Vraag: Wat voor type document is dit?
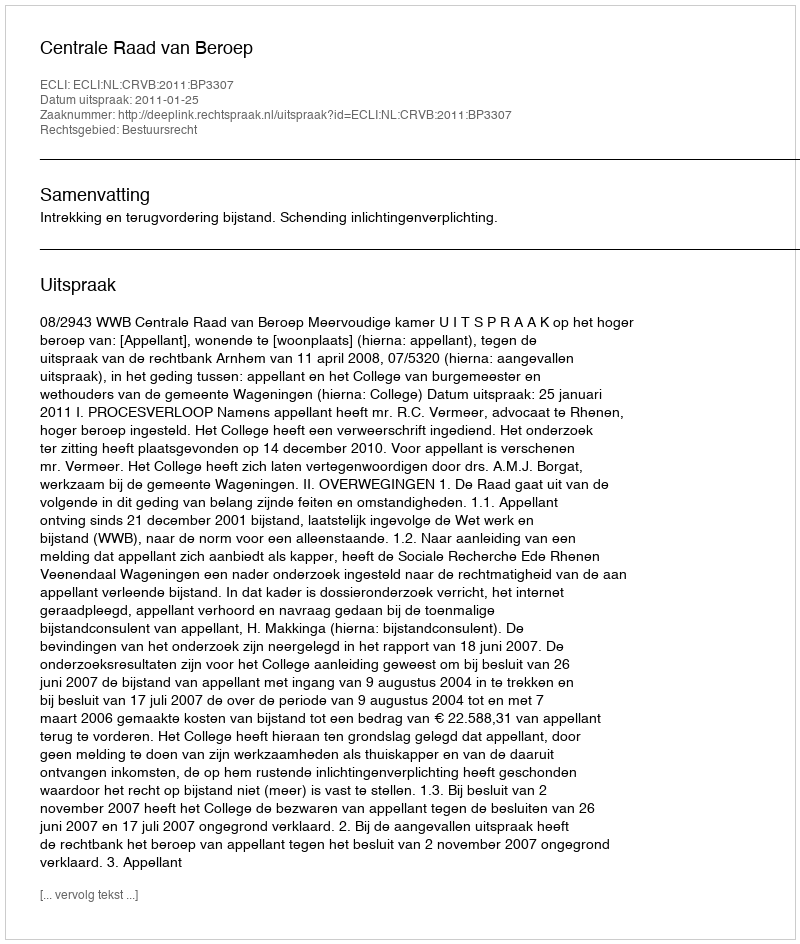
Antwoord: Uitspraak